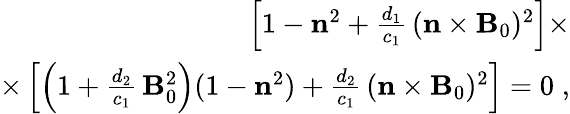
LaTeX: \begin{array}{r}{\left[1-{\mathbf n}^{2}+\frac{d_{1}}{c_{1}}\, ({\mathbf n}\times{\mathbf B}_{0})^{2}\right]\times}\\ {\times\left[\left(1+\frac{d_{2}}{c_{1}}\, {\mathbf B}_{0}^{2}\right)(1-{\mathbf n}^{2})+\frac{d_{2}}{c_{1}}\, ({\mathbf n}\times{\mathbf B}_{0})^{2}\right]=0\; ,}\end{array}